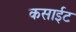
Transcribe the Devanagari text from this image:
कसाईट